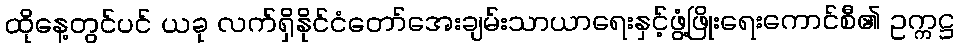
ထိုနေ့တွင်ပင် ယခု လက်ရှိနိုင်ငံတော်အေးချမ်းသာယာရေးနှင့်ဖွံ့ဖြိုးရေးကောင်စီ၏ ဥက္ကဋ္ဌ